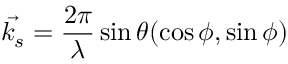
\vec { k _ { s } } = \frac { 2 \pi } { \lambda } \sin { \theta } ( \cos { \phi } , \sin { \phi } )